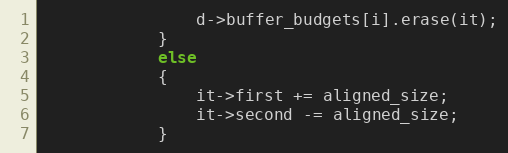
Language: C++
                d->buffer_budgets[i].erase(it);
            }
            else
            {
                it->first += aligned_size;
                it->second -= aligned_size;
            }